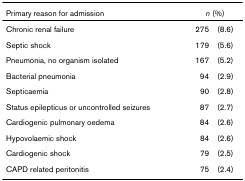
<table><thead><tr><td><b>Primary reason for admission</b></td><td colspan="2"><b><i>n </i>(%)</b></td></tr></thead><tbody><tr><td>Chronic renal failure</td><td>275</td><td>(8.6)</td></tr><tr><td>Septic shock</td><td>179</td><td>(5.6)</td></tr><tr><td>Pneumonia, no organism isolated</td><td>167</td><td>(5.2)</td></tr><tr><td>Bacterial pneumonia</td><td>94</td><td>(2.9)</td></tr><tr><td>Septicaemia</td><td>90</td><td>(2.8)</td></tr><tr><td>Status epilepticus or uncontrolled seizures</td><td>87</td><td>(2.7)</td></tr><tr><td>Cardiogenic pulmonary oedema</td><td>84</td><td>(2.6)</td></tr><tr><td>Hypovolaemic shock</td><td>84</td><td>(2.6)</td></tr><tr><td>Cardiogenic shock</td><td>79</td><td>(2.5)</td></tr><tr><td>CAPD related peritonitis</td><td>75</td><td>(2.4)</td></tr></tbody></table>